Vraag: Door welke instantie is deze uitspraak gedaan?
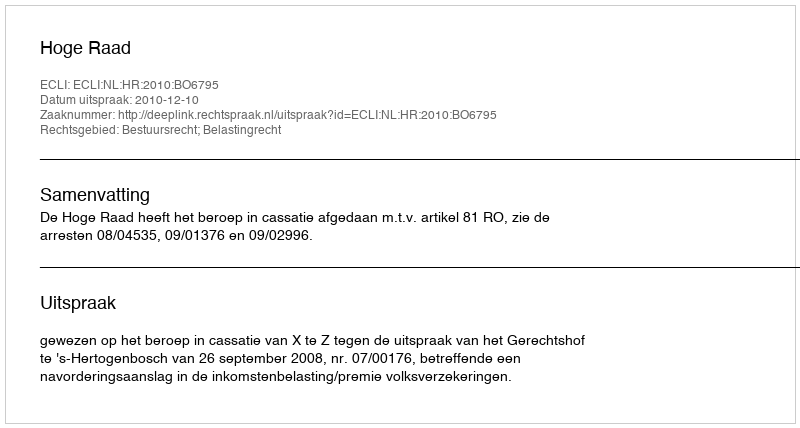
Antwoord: Hoge Raad